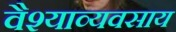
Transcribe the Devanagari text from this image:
वैश्याव्यवसाय